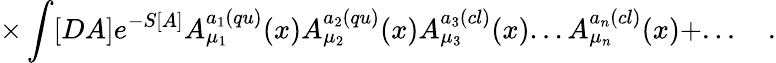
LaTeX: \times\int[DA]e^{-S[A]}A_{\mu_{1}}^{a_{1}(qu)}(x)A_{\mu_{2}}^{a_{2}(qu)}(x)A_{\mu_{3}}^{a_{3}(cl)}(x)...A_{\mu_{n}}^{a_{n}(cl)}(x)+...\quad.